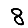
Digit: 8